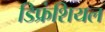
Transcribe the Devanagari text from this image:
डिफ्रंशियल